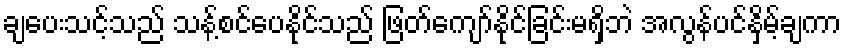
ချပေးသင့်သည် သန့်စင်ပေနိုင်သည် ဖြတ်ကျော်နိုင်ခြင်းမရှိဘဲ အလွန်ပင်နှိမ့်ချကာ